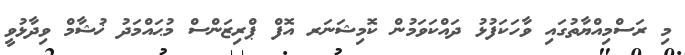
މި ރަސްމިއްޔާތުގައި ވާހަކަފުޅު ދައްކަވަމުން ކޮމިޝަނަރ އޮފް ޕްރިޒަންސް މުޙައްމަދު ޚުޝާމް ވިދާޅުވީ